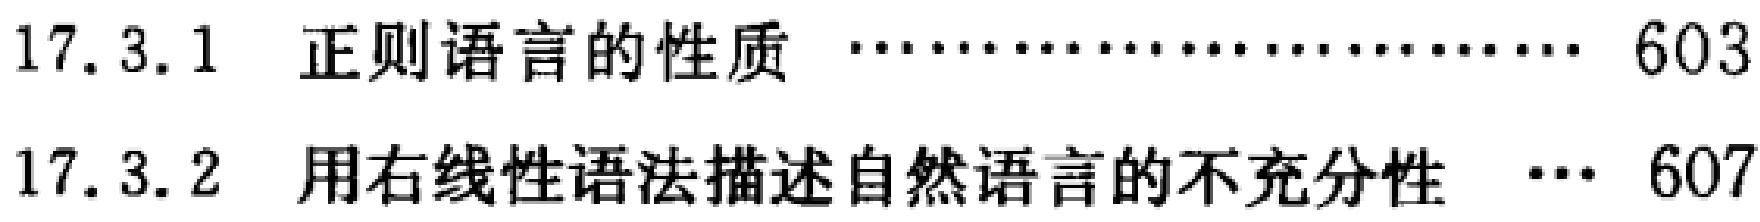
17.3.1  正则语言的性质  \hfill 603

17.3.2  用右线性语法描述自然语言的不充分性  \hfill 607